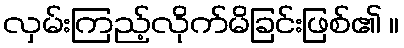
လှမ်းကြည့်လိုက်မိခြင်းဖြစ်၏ ။